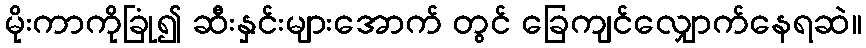
မိုးကာကိုခြုံ၍ ဆီးနှင်းများအောက် တွင် ခြေကျင်လျှောက်နေရဆဲ။